Civil Veterinary Dept. Assam report 1927-50 - 1927-1950
Year: 1927
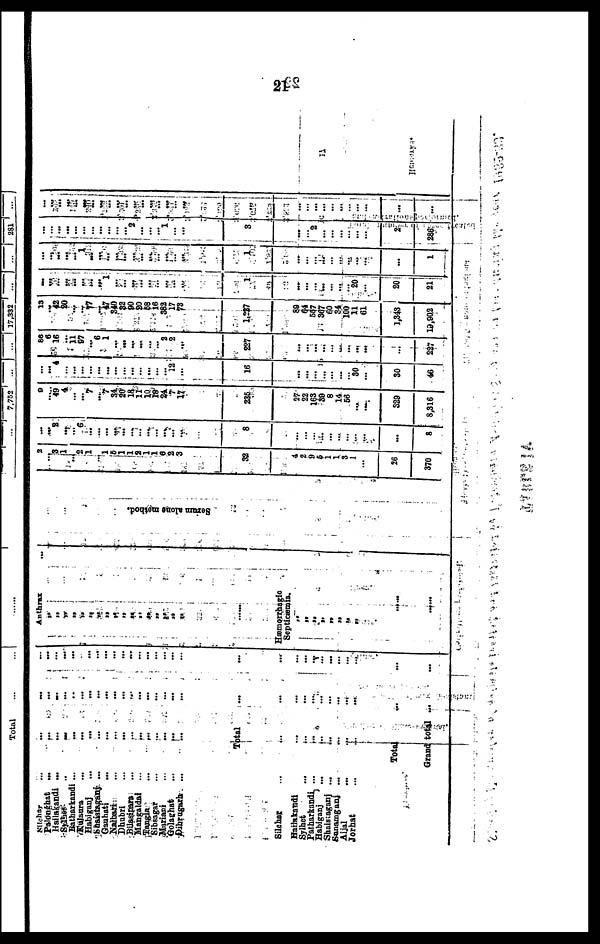
21
Silchar ... ... ... ...
Palonghat ... ... ... ...
Hailakandi ... ... ... ...
Sylhet
...
...
...
...
Batharkandi ... ... ... ...
Kulaura
...
...
... ...
Habiganj
...
...
... ...
Shaistaganj ... ... ... ...
Gauhati ... ... ... ...
Nalbari ... ... ... ...
Dhubri ... ... ... ...
Bilasipara ... ... ... ...
Mangaldai ... ... ... ...
Tangla
...
... ... ...
Sibsagar ... ... ... ...
Mariani ... ... ... ...
Golaghat ... ... ... ...
Dibrugarh ... ... ... ...
Total ... ...
Silchar ... ... ... ...
Hailakandi ... ... ... ...
Sylhet ... ... ... ...
Patharkandi ... ... ... ...
Habiganj ... ... ... ...
Shaistaganj ...
... ... ...
Sanamganj ... ... ... ...
Aijal ... ... ... ...
Jorhat
... ... ... ...
Total ... ...
Grand total ...
...
Anthrax
„
„
„
„
„
„
„
„
„
„
„
„
„
„
„
„
......
Hæmorrhagic
Septicæmia.
„
„
„ „
„
„
„ „
......
......
Se r
um alone method.
2
...
3
1
... 2
1
...
1 5
1
1
2 1
1
6 2
3
32
4
2
9
5
1
1
3
1
...
26
370
...
...
2
...
... ...
...
...
... ... ...
...
...
... ...
...
... ...
8
...
...
...
...
...
...
...
...
...
...
8
60
... 49
4
... ...
7
...
7 34
20
18
11
10
18
24
7
17
236
27
22
163
39
8
14
56
...
...
329
8,316
...
... 4
...
...
...
... ...
...
...
...
...
... ...
...
... 12
...
16
...
...
...
...
...
...
...
30
...
30
46
80
6
16
... 11
97
... 6
1
...
...
...
...
...
... 3
2
...
227
...
...
...
...
...
...
...
...
...
...
227
13
... 42
80
...
...
77
...
47
340
82
90
20
68
16
382
17
73
1,227
89
64
607
367
60
34
100
11
61
1,343
19,902
...
...
... ...
...
...
...
1
...
...
...
...
...
...
...
... ...
...
...
...
...
...
...
...
... 20
...
20
21
...
...
... ...
... 1
...
...
...
...
...
...
...
...
...
...
...
...
1
...
...
...
...
...
...
...
...
...
...
1
...
...
...
...
...
...
...
...
...
...
2
...
...
... 1
...
...
3
...
...
2
...
...
...
...
...
...
2
286
...
...
... ...
...
...
...
...
... ...
...
...
...
...
... ...
...
...
... ...
...
...
...
...
...
...
...
...
...